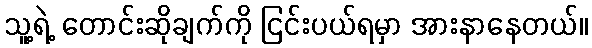
သူ့ရဲ့ တောင်းဆိုချက်ကို ငြင်းပယ်ရမှာ အားနာနေတယ်။